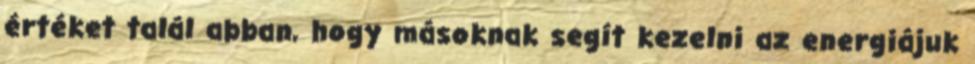
értéket talál abban, hogy másoknak segít kezelni az energiájuk